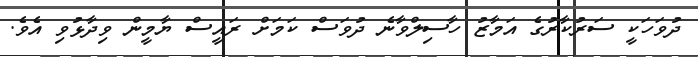
ދުވަހަކީ ސަރުކާރުގެ އަމާޒު ހާސިލްވާނެ ދުވަސް ކަމަށް ރައީސް ޔާމީން ވިދާޅުވި އެވެ.